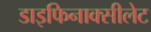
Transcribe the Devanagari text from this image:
डाइफिनाक्सीलेट